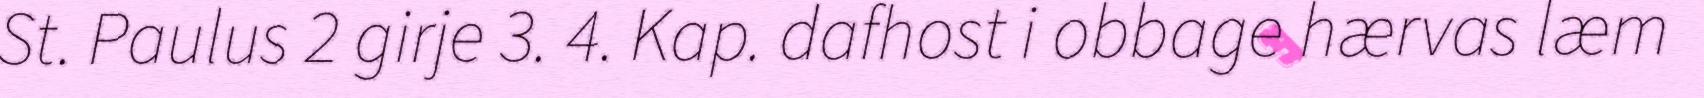
St. Paulus 2 girje 3. 4. Kap. dafhost i obbage hærvas læm